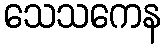
သေသကေန